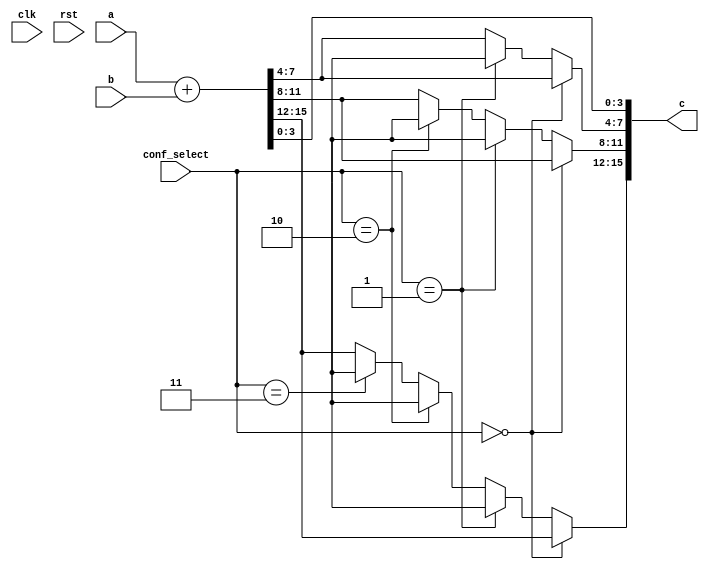
module conf_int_add__noFF__multiple_add( clk, rst, a, b, c, conf_select
 );
//--- parameters
//parameter BT_RND = 0
parameter OP_BITWIDTH = 16; //operator bit width
parameter DATA_PATH_BITWIDTH = 16; //flip flop Bit width
parameter CONF_SELECT__C_B = 4; //*** F:D determines the number of configurations we
                               //        want to have

//--- input,outputs
input clk;
input rst;
input [DATA_PATH_BITWIDTH -1:0] a;
input [DATA_PATH_BITWIDTH-1:0] b;
input [CONF_SELECT__C_B -1 : 0] conf_select;
output [DATA_PATH_BITWIDTH-1:0] c;


////---F: Ripple Cary Adder deisng
////module test ripple_adder_4bit; 
//wire Cout;
// // Instantiate the Unit Under Test (UUT)
//ripple_adder_4bit uut (
//  .Sum(c[3:0]), 
//  .Cout(Cout), 
//  .A(a[3:0]), 
//  .B(b[3:0]), 
//  .Cin(a[0])
// );


wire [31:0]c_0;
wire [27:0]c_1;
wire [23:0] c_2;
wire [19:0] c_3;
wire [15:0] c_4;

//--- no flop design
assign c_0 = a + b;
assign c_1 = a[DATA_PATH_BITWIDTH-1: DATA_PATH_BITWIDTH -28] + b[DATA_PATH_BITWIDTH-1: DATA_PATH_BITWIDTH-28];
assign c_2 = a[DATA_PATH_BITWIDTH-1: DATA_PATH_BITWIDTH -24] + b[DATA_PATH_BITWIDTH-1: DATA_PATH_BITWIDTH-24];
assign c_3= a[DATA_PATH_BITWIDTH-1: DATA_PATH_BITWIDTH -20] + b[DATA_PATH_BITWIDTH-1: DATA_PATH_BITWIDTH-20];
assign c_4  = a[DATA_PATH_BITWIDTH-1: DATA_PATH_BITWIDTH -16] + b[DATA_PATH_BITWIDTH-1: DATA_PATH_BITWIDTH-16];

assign c[3:0] = c_0[3:0];
assign c[7:4] = (conf_select == 3'd0) ? c_0[7:4] : 
                (conf_select == 3'd1) ? c_1[3:0] :
                c_0[7:4]; //*** F:AN I set the default to c_0, not sure if this
                          //         has consequences

assign c[11:8] = (conf_select == 3'd0) ? c_0[11:8] : 
                 (conf_select == 3'd1) ? c_1[7:4] :
                 (conf_select == 3'd2) ? c_2[3:0] :
                 c_0[11:8];
 

assign c[15:12] = (conf_select == 3'd0) ? c_0[15:12] : 
                  (conf_select == 3'd1) ? c_1[11:8] :
                  (conf_select == 3'd2) ? c_2[7:4] :
                  (conf_select == 3'd3) ? c_3[3:0] :
                  c_0[15:12];
 
assign c[31:16] = (conf_select == 3'd0) ? c_0[31:16] : 
                  (conf_select == 3'd1) ? c_1[27:12] :
                  (conf_select == 3'd2) ? c_1[23:8] :
                  (conf_select == 3'd3) ? c_1[19:4] :
                  (conf_select == 3'd4) ? c_1[15:0] :
                  c_0[31:16];
 

/*
//--- regs, wires
reg [DATA_PATH_BITWIDTH-1:0]  reg_c;
wire [OP_BITWIDTH -1 : 0]w_c;
reg [DATA_PATH_BITWIDTH -1:0]  reg_a;
reg [DATA_PATH_BITWIDTH -1:0]  reg_b;


//--- design
acc_int_add #(OP_BITWIDTH) u0_ac (reg_a[DATA_PATH_BITWIDTH -1: DATA_PATH_BITWIDTH - OP_BITWIDTH], reg_b[DATA_PATH_BITWIDTH -1: DATA_PATH_BITWIDTH - OP_BITWIDTH], w_c);

always @(posedge clk or negedge rst)
begin
  if (~rst)
  begin
    reg_a <= 0;
    reg_b <= 0;
  end
  else 
  begin
      reg_a <= a;
      reg_b <= b;
  end
end

always @(posedge clk or negedge rst)
begin
  if (~rst)
  begin
    reg_c <= #0.1 0;
  end
  else 
  begin
    reg_c[DATA_PATH_BITWIDTH-1: DATA_PATH_BITWIDTH-OP_BITWIDTH] <= w_c;
  end
end

assign c = reg_c; 

*/
endmodule